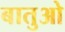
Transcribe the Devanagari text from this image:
बातुओ